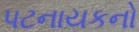
પટનાયકનો